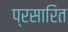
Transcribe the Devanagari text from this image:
प्रसारित